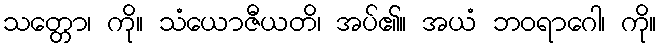
သတ္တော၊ ကို။ သံယောဇီယတိ၊ အပ်၏။ အယံ ဘဝရာဂေါ၊ ကို။